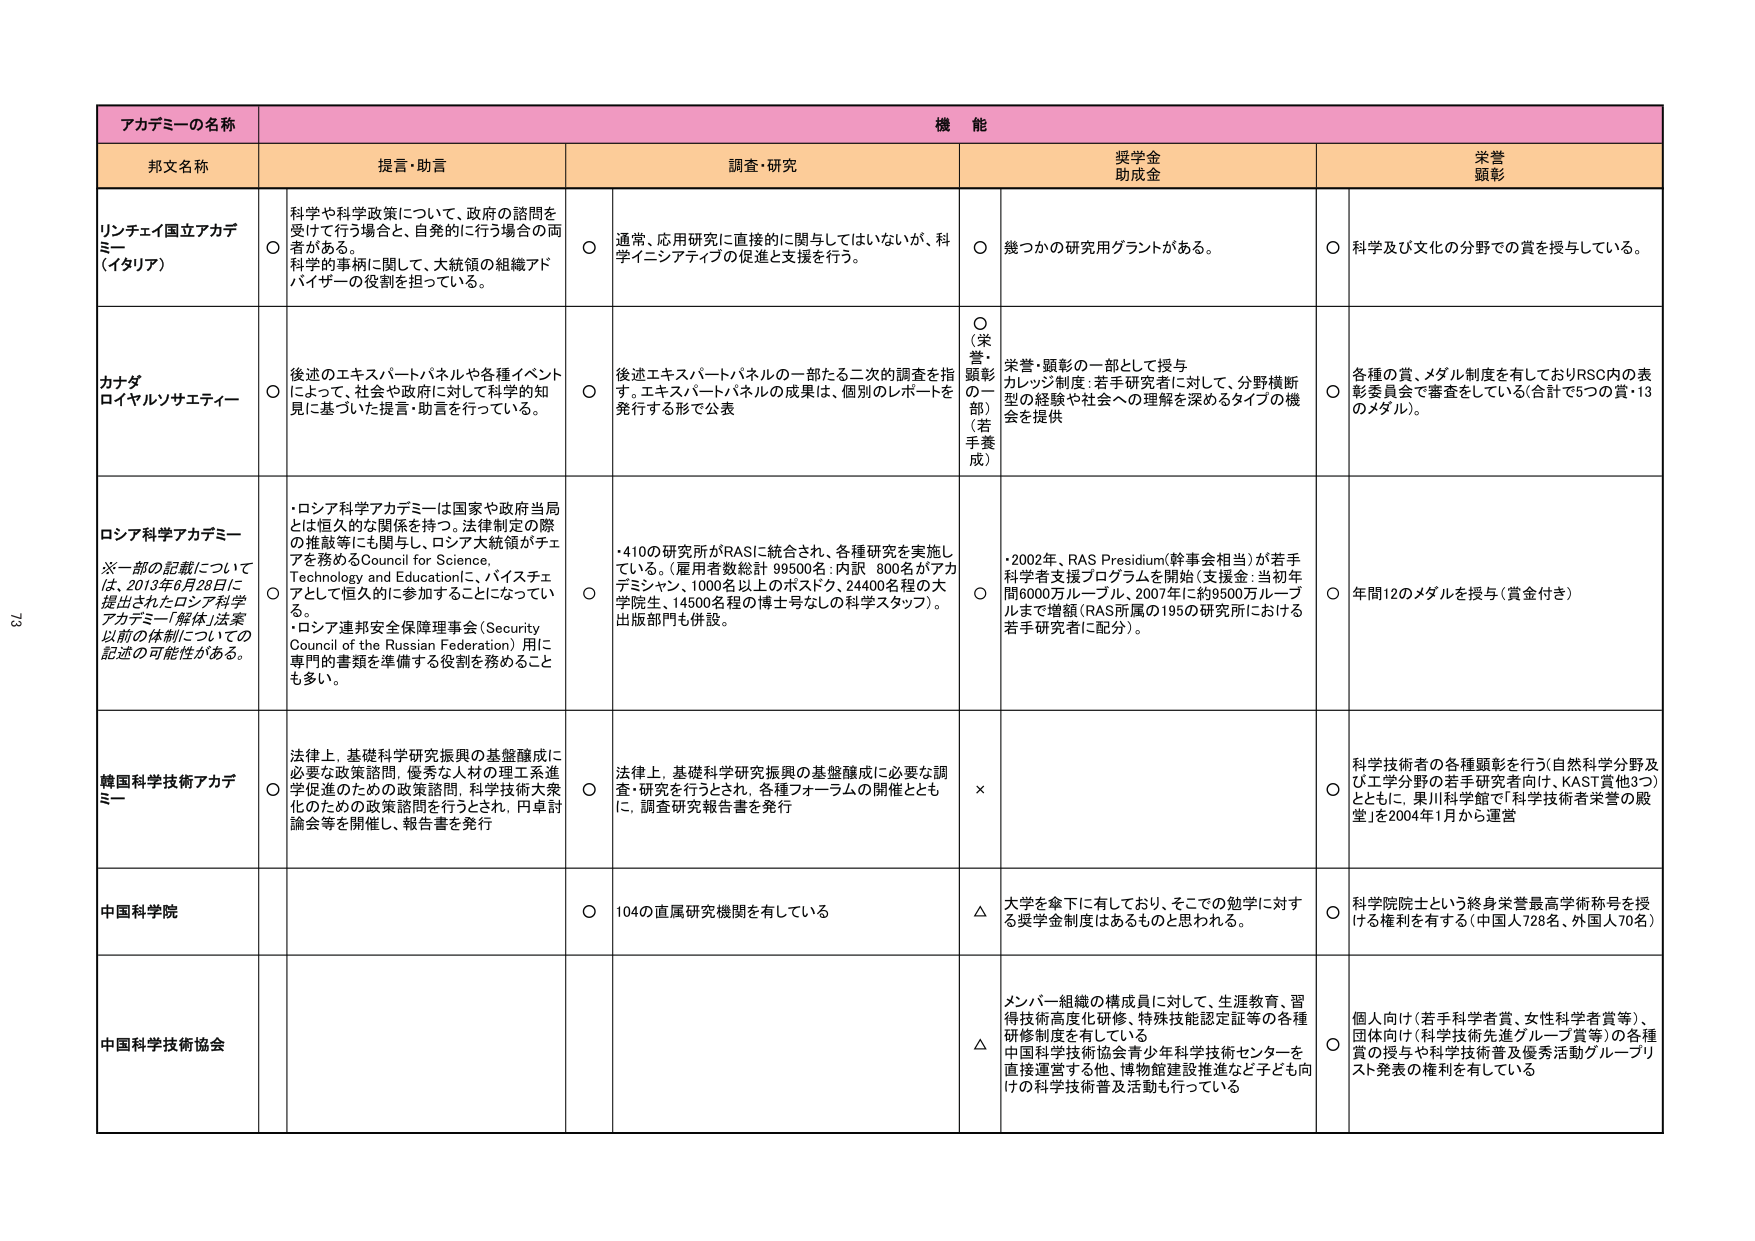
アカデミーの名称 機能
邦文名称 提言・助言 調査・研究 授学金 助成金 栄誉 顕彰

リンチェイ国立アカデミー（イタリア）
○ 科学や科学政策について、政府の諮問を受けて行う場合と、自発的に行う場合の両者がある。科学的事柄に関して、大統領の組織アドバイザーの役割を担っている。
○ 通常、応用研究に直接的に関与してはいないが、科学イニシアティブの促進と支援を行う。
○ 幾つかの研究用グラントがある。
○ 科学及び文化の分野での賞を授与している。

カナダ ロイヤルソサエティー
○ 後述のエキスパートパネルや各種イベントによって、社会や政府に対して科学的知見に基づいた提言・助言を行っている。
○ 後述エキスパートパネルの一部たる二次的調査を指す。エキスパートパネルの成果は、個別のレポートを発行する形で公表
○（栄誉・顕彰の一部）（若手養成）
○ 栄誉・顕彰の一部として授与 カレンジ制度：若手研究者に対して、分野横断型の経験や社会への理解を深めるタイプの機会を提供
○ 各種の賞、メダル制度を有しておりRSC内の表彰委員会で審査をしている（合計で5つの賞・13のメダル）。

ロシア科学アカデミー
※一部の記載については、2013年6月28日に提出されたロシア科学アカデミー「解体」法案以前の体制についての記述の可能性がある。
○ ・ロシア科学アカデミーは国家や政府当局とは恒久的な関係を持つ。法律制定の際の推敲等にも関与し、ロシア大統領がチェアを務めるCouncil for Science, Technology and Educationalに、バイスチェアとして恒久的に参加することになっている。
・ロシア連邦安全保障理事会（Security Council of the Russian Federation）用に専門の書類を準備する役割を務めることも多い。
○ ・410の研究所がRASに統合され、各種研究を実施している。（雇用者数総計 9500名、内訳 800名がアカデミシャン、1000名以上のポスドク、24400名程の大学院生、14500名程の博士号なしの科学スタッフ）。出版部門も併設。
○ ・2002年、RAS Presidium（幹事会相当）が若手科学者支援プログラムを開始（支援金：当初年間6000万ルーブル、2007年に約9500万ルーブルまで増額（RAS所属の195の研究所における若手研究者に配分））。
○ 年間12のメダルを授与（賞金付き）

韓国科学技術アカデミー
○ 法律上、基礎科学研究振興の基盤醸成に必要な政策諮問、優秀な人材の理工系進学促進のための政策諮問、科学技術大衆化のための政策諮問を行うとされ、円卓討論会等を開催し、報告書を発行
○ 法律上、基礎科学研究振興の基盤醸成に必要な調査・研究を行うとされ、各種フォーラムの開催とともに、調査研究報告書を発行
×
○ 科学技術者の各種顕彰を行う（自然科学分野及び工学分野の若手研究者向け、KAST賞他3つ）とともに、果川科学館で「科学技術者栄誉の殿堂」を2004年1月から運営

中国科学院
○ 104の直属研究機関を有している
△ 大学を傘下に有しており、そこでの勉学に対する奨学金制度はあるものと思われる。
○ 科学院院士という終身栄誉最高学術称号を授ける権利を有する（中国人728名、外国人70名）

中国科学技術協会
△ メンバー組織の構成員に対して、生涯教育、習得技術高度化研修、特殊技能認定証等の各種研修制度を有している。中国科学技術協会青少年科学技術センターを直接運営する他、博物館建設推進など子ども向けの科学技術普及活動も行っている
○ 個人向け（若手科学者賞、女性科学者賞等）、団体向け（科学技術先進グループ賞等）の各種賞の授与や科学技術普及優秀活動グループリスト発表の権利を有している

73